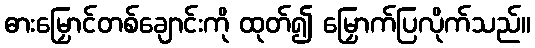
ဓားမြှောင်တစ်ချောင်းကို ထုတ်၍ မြှောက်ပြလိုက်သည်။